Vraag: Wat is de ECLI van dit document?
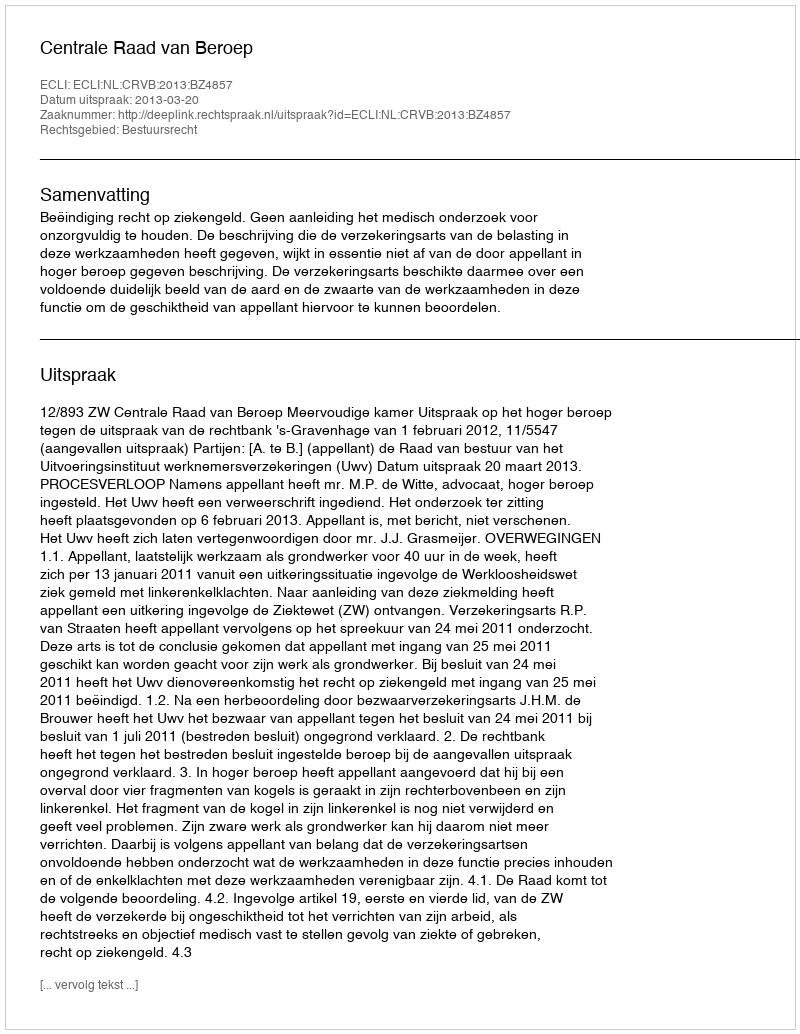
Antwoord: ECLI:NL:CRVB:2013:BZ4857